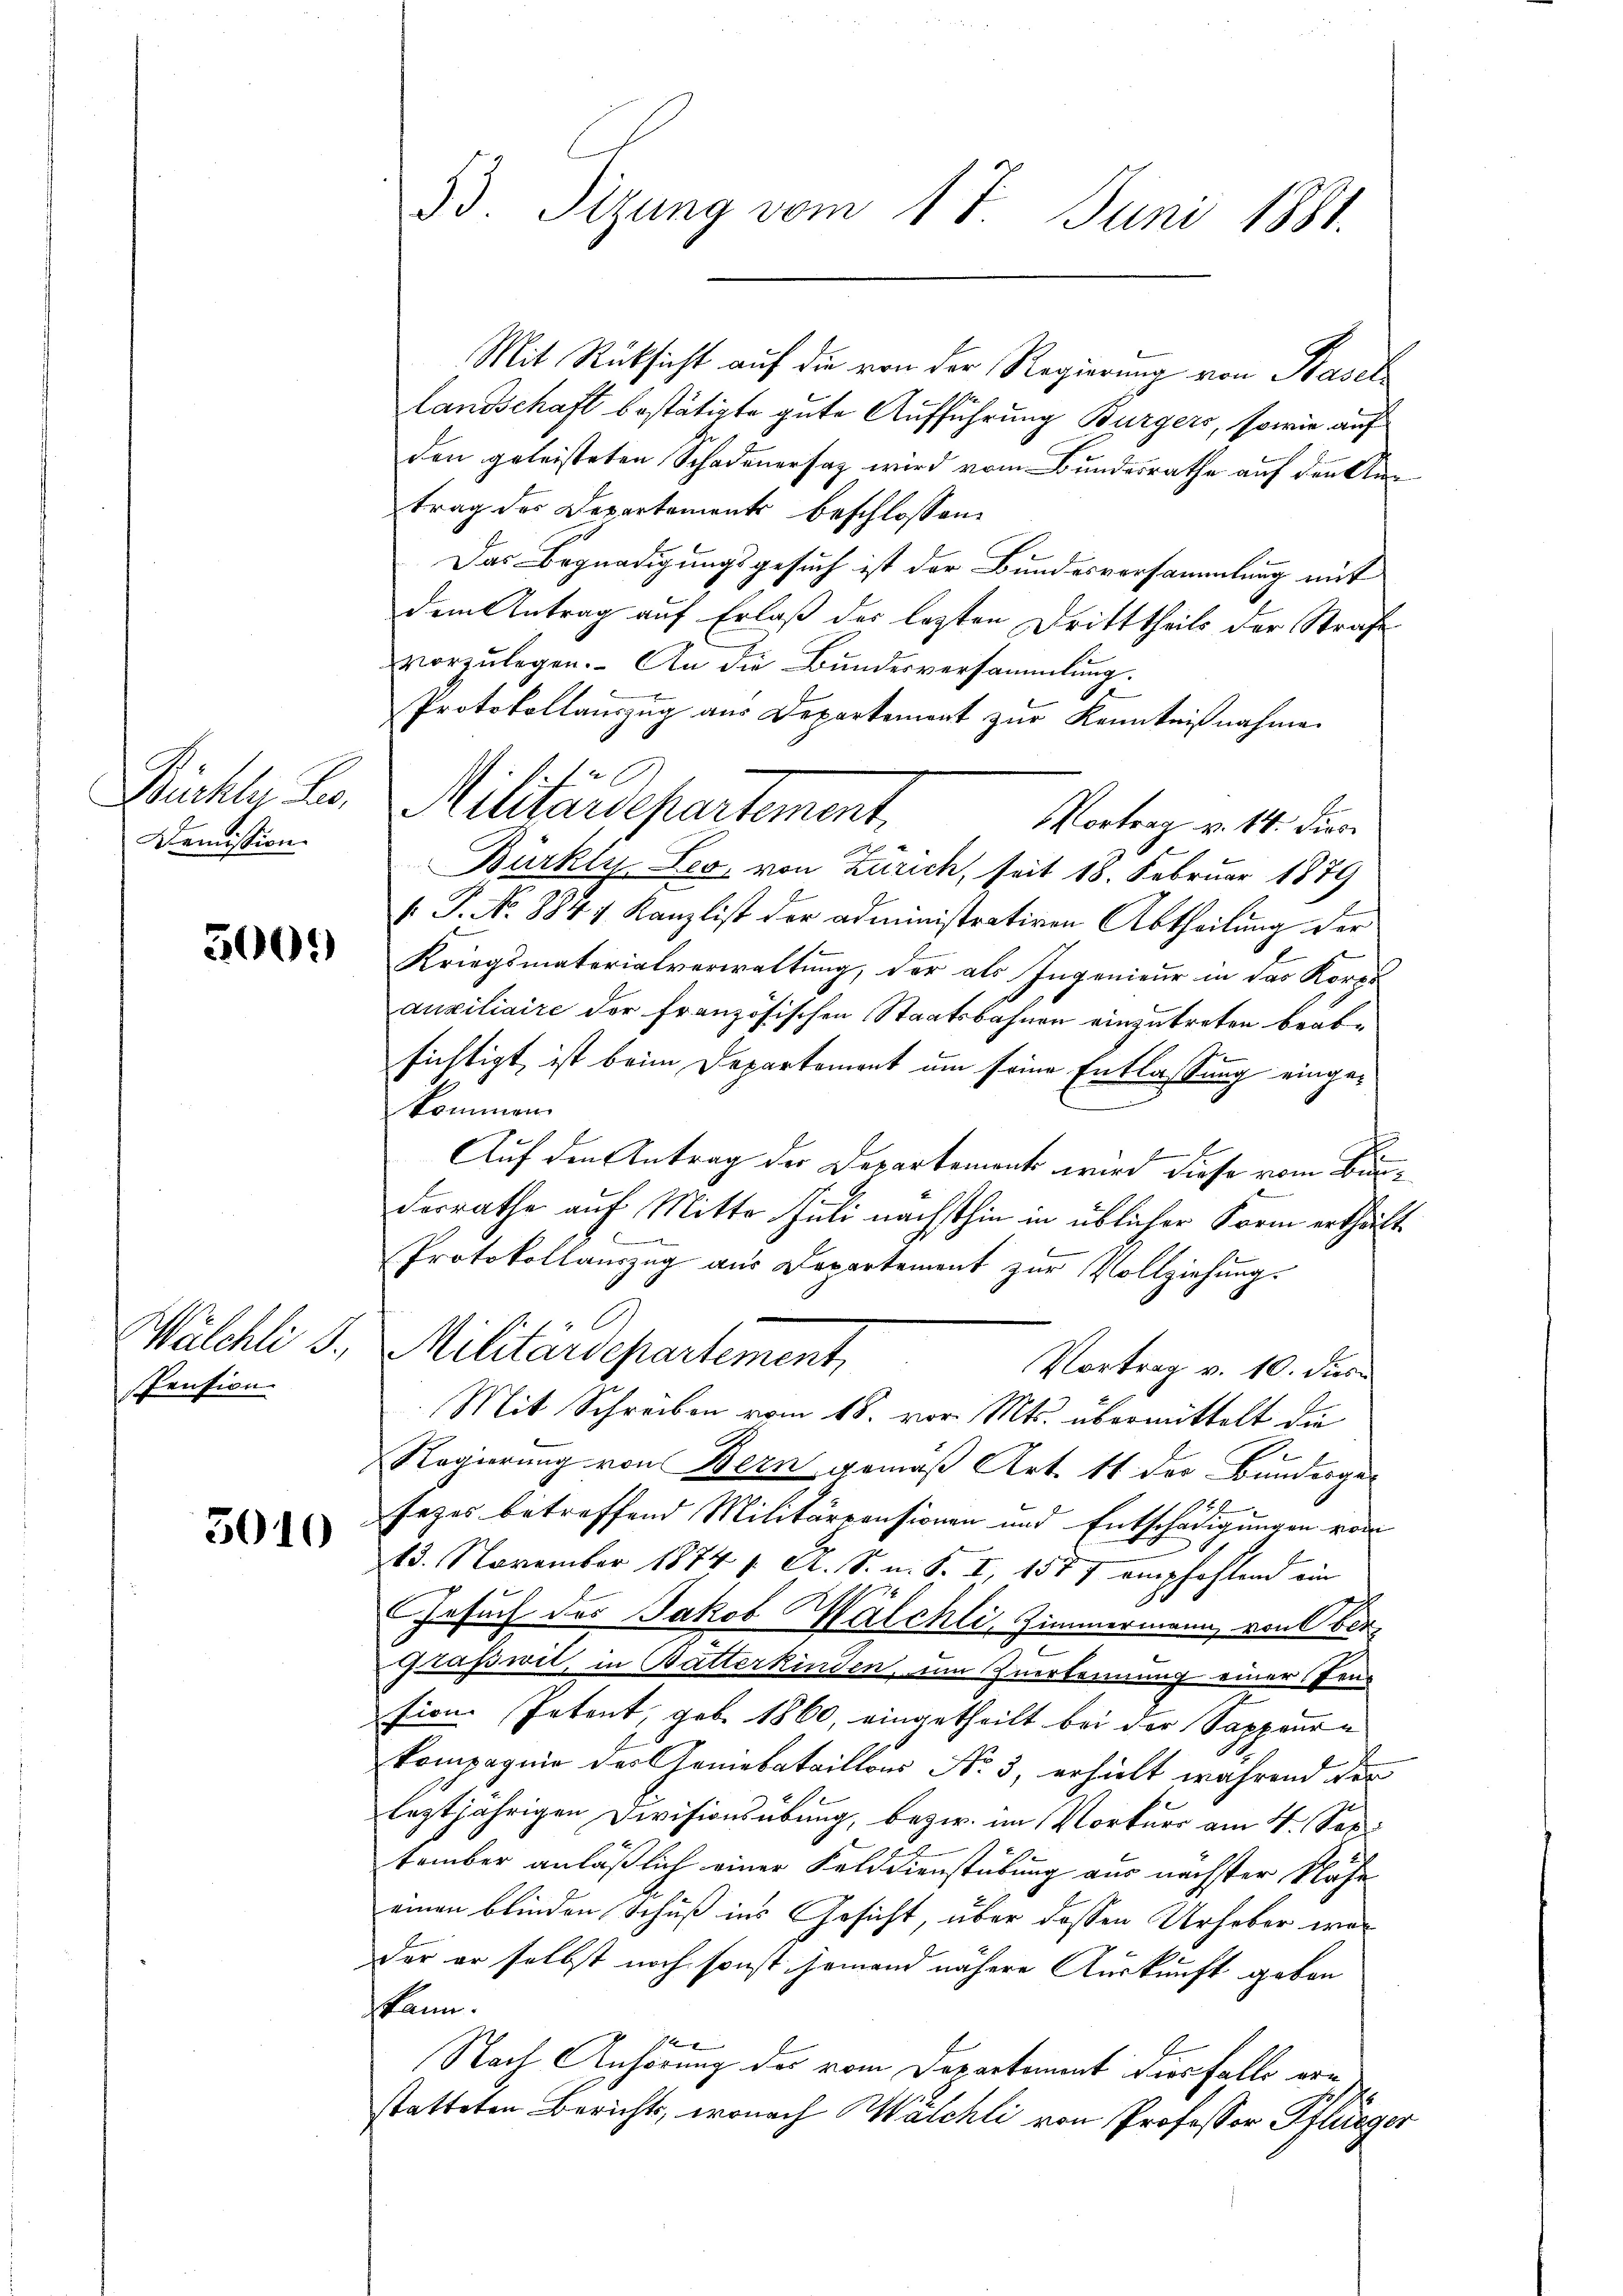
Büchly Jes.
Demission.

5000

Wälchli S.
Pension

3010

33. Sitzung vom 17. Juni 1881.

Mit Rücksicht auf die von der Regierung von Stadel
Landschaft bestätigte gute Aufführung Bürgers, sowie auf
den geleisteten Schadenersaz wird vom Bundesrathe auf denken
trag des Departements beschlossen:
Das Begnadigungsgesuch ist der Bundesversammlung mit
dem Antrag auf Erlaß der lezten Dritttheils der Strafe
vorzŭlegen. An die Bŭndesversammlung.
Protokollauszug aus Departemont zur Kenntnißnahme
Vortrag v. 14. dies
Bürkly. Leo von Zürich, seit 18. Februar 1879
.P. No 8847 Kanzlist der administrativen Abtheilung der
Kriegsmaterialverwaltung, der als Ingenieur in das Korpo
auxiliaire der französischen Staatsbahnen einzutreten beabsichtigt ist beim Departement um seine Entlassung eingekommen.
Auf den Antrag der Departements wird diese vom Binderrathe auf Mitte Juli nächsthin in üblicher Form ertheilt
Protokollauszug aus Departement zur Vollziehung.
Militärdepartement,
Vortrag v. 10. dies
Mit Schreiben vom 18. vor. Mts. übermittelt die
Regierung von Bern gemäß Art. 11 der Bunderge¬
92
sezes betreffend Militärvensionen und Entschädigungen vom
13. November 1874 f. A. S. m. S. I, 1577 empfohlend ein
Gesuch des Jakob Walchli, Zimmermann, von Ber
graßwit, in Batterkinden, um Zuerkennung einer Prü
sien Petent, geb. 1860, eingetheilt bei der Sappeurkompagnie der Gemebataillons No. 3, erhielt während der
leztjährigen Divisionsübung, bezw. im Vorkurs am 4. Sep.
6
tember anläßlich einer Felddienstübung aus nächster Nähe
einen blinden Schuß ins Gesicht, über dessen Urheber war
der er selbst noch sonst jemand nähere Auskunft geben
kann.
14
Nach Anhörung der vom Departement dies falls ern
statteten Berichts, wonach Walchli von Professor Pflüeger

Militärdepartement.